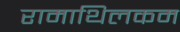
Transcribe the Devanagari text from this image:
रामाथिलकम